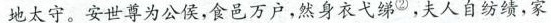
地太守。安世尊为公侯，食邑万户，然身衣弋绨^{②}，夫人自纺绩，家